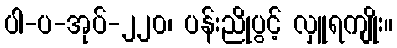
ပါ-ပ-အုပ်-၂၂၀၊ ပန်းညိုပွင့် လှူရကျိုး။